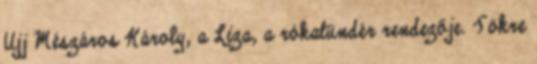
Ujj Mészáros Károly, a Liza, a rókatündér rendezője. Tökre